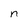
Character: n